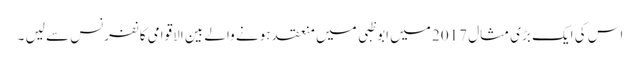
اس کی ایک بڑی مثال 2017 میں ابوظبی میں منعقد ہونے والے بین الاقوامی کانفرنس سے لیں ۔